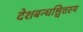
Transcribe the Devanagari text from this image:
देशबन्धश्चित्तस्य